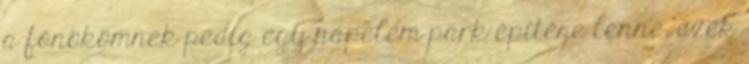
a főnökömnek pedig egy napelem park építése lenne, ezek